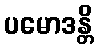
ပမောဒန္တိ